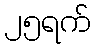
၂၅ရက်